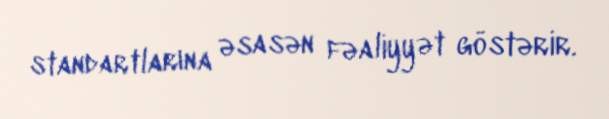
standartlarına əsasən fəaliyyət göstərir.